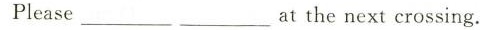
Please ___ ___ at the next crossing.